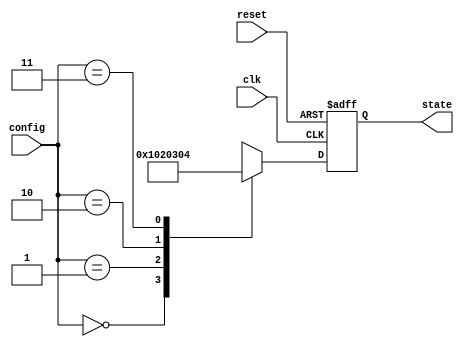
module ConfigurableInitialConditions (
    input wire clk,           // Clock signal
    input wire reset,         // Reset signal
    input wire [1:0] config,  // Config signal for initial conditions
    output reg [7:0] state    // State variable (8-bit for example)
);

// Define initial conditions based on config signal
always @(posedge clk or posedge reset) begin
    if (reset) begin
        // Reset condition: set state to a predefined initial state
        state <= 8'b00000000; // Default reset state
    end else begin
        // Non-reset condition: set state based on config signal
        case (config)
            2'b00: state <= 8'b00000001; // Initial condition 1
            2'b01: state <= 8'b00000010; // Initial condition 2
            2'b10: state <= 8'b00000011; // Initial condition 3
            2'b11: state <= 8'b00000100; // Initial condition 4
            default: state <= 8'b00000000; // Default case
        endcase
    end
end

endmodule